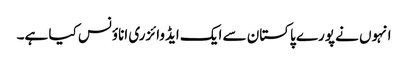
انہوں نے پورے پاکستان سے ایک ایڈوائزری اناؤنس کیا ہے۔